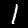
Digit: 1